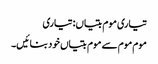
تیاری موم بتیاں: تیاری
موم موم سے موم بتیاں خود بنائیں۔